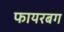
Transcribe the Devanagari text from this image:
फायरबग